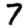
Digit: 7